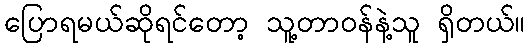
ပြောရမယ်ဆိုရင်တော့ သူ့တာဝန်နဲ့သူ ရှိတယ်။